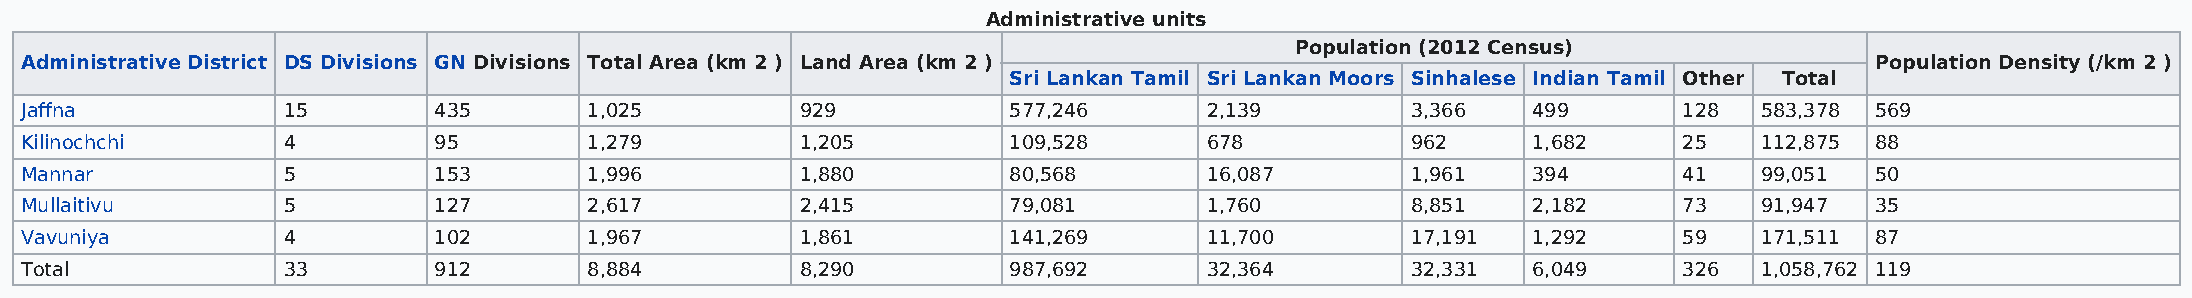
Administrative units
 Population (2012 Census)
 Administrative District DS Divisions GN Divisions Total Area (km 2 ) Land Area (km 2 )                                     Population Density (/km 2 )
 Sri Lankan Tamil Sri Lankan Moors Sinhalese Indian Tamil Other Total
 Jaffna            15        435       1,025         929           577,246      2,139        3,366   499       128   583,378 569
 Kilinochchi       4         95        1,279         1,205         109,528      678          962     1,682     25    112,875 88
 Mannar            5         153       1,996         1,880         80,568       16,087       1,961   394       41    99,051 50
 Mullaitivu        5         127       2,617         2,415         79,081       1,760        8,851   2,182     73    91,947 35
 Vavuniya          4         102       1,967         1,861         141,269      11,700       17,191  1,292     59    171,511 87
 Total             33        912       8,884         8,290         987,692      32,364       32,331  6,049     326   1,058,762 119